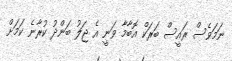
ނަމަވެސް ރައީސް ބަރަކް އޮބާމާ ވަނީ އެ ޖަލު ބަންދު ކުރާނެ ކަމަށް